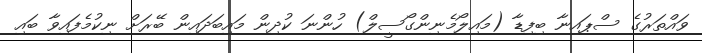
ވައްތަރުގެ ސްޕައިނާ ބިފިޑާ (މައިލޯމެނިންގޯސީލް) ހުންނަ ކުދިން މައިބަދައިން ބޭރަށް ނިކުމެފައިވާ ބައި